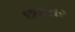
છકતર